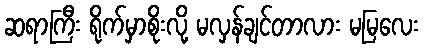
ဆရာကြီး ရိုက်မှာစိုးလို့ မလှန်ချင်တာလား မမြလေး